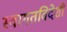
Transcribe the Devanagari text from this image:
स्वागतविदेशी